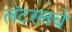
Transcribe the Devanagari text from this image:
लॅटरलचे